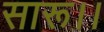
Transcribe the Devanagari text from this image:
सारू।।